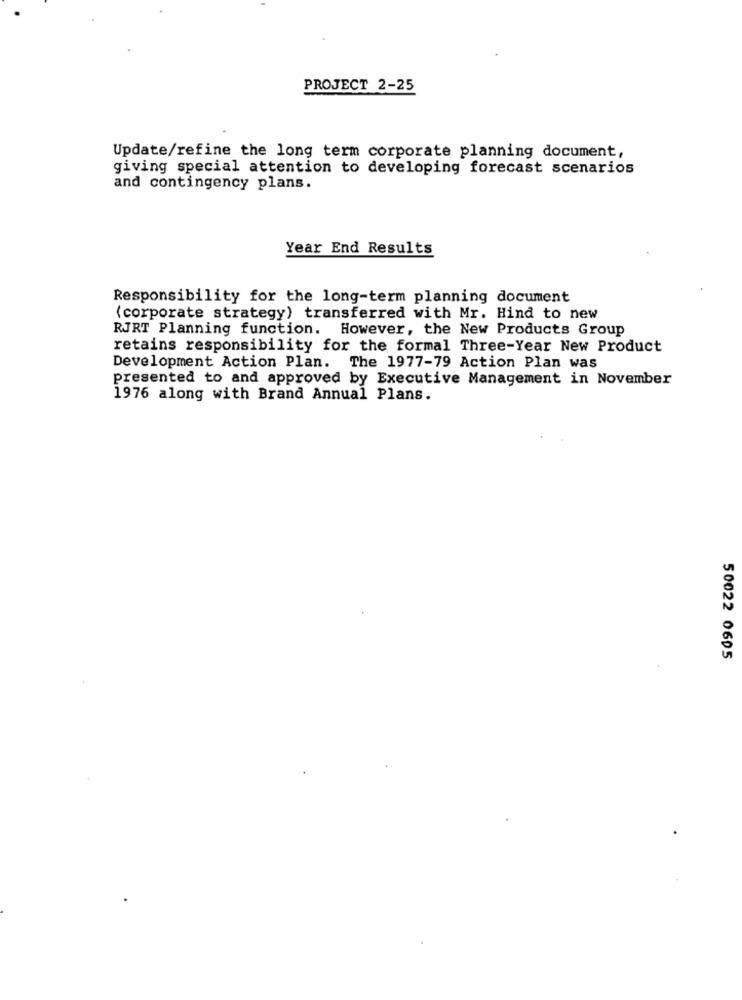
PROJECT 2-25
Update/refine the long term corporate planning document,
giving special attention to developing forecast scenarios
and contingency plans.
Year End Results
Responsibility for the long-term planning document
(corporate strategy) transferred with Mr. Hind to new
RJRT Planning function. However, the New Products Group
retains responsibility for the formal Three-Year New Product
Development Action Plan. The 1977-79 Action Plan was
presented to and approved by Executive Management in November
1976 along with Brand Annual Plans.
50022 0605